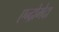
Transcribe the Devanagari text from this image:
एन्द्रोमेदा